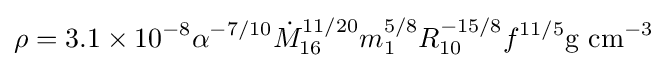
\rho =3.1\times 10^{-8}\alpha ^{-7/10}{\dot {M}}_{16}^{11/20}m_{1}^{5/8}R_{10}^{-15/8}f^{11/5}{\rm {g\ cm}}^{-3}